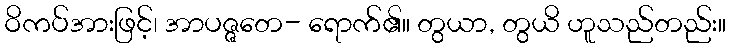
ဝိကပ်အားဖြင့်၊ အာပဇ္ဇတေ- ရောက်၏။ တွယာ, တွယိ ဟူသည်တည်း။